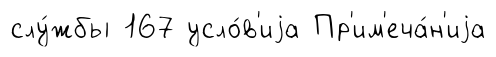
слу́жбы 167 усло́в'иjа Пр'им'еча́н'иjа